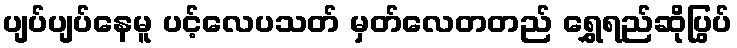
ပျပ်ပျပ်နေမူ ပင့်လေပသတ် မှတ်လေတတည် ရွှေရည်ဆိုပြွပ်